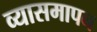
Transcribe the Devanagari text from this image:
व्यासमापन